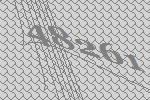
48261